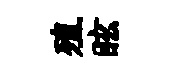
殖眩